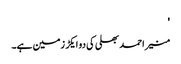
'
منیر احمد بھلی کی دو ایکڑ زمین ہے۔